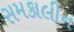
સમકાલીન